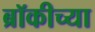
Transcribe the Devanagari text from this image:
ब्रॉकीच्या